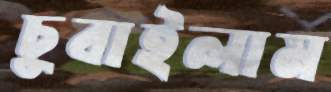
চুবাইলাম